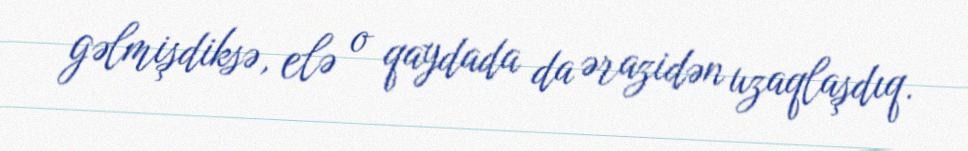
gəlmişdiksə, elə o qaydada da ərazidən uzaqlaşdıq.